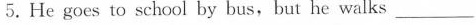
5.He goes to school by bus,but he walks ___